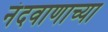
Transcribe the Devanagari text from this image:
नंदवाणाच्या